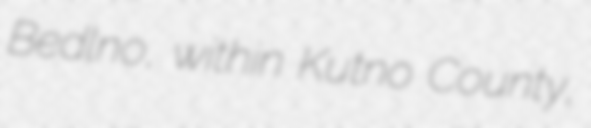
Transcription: Bedlno, within Kutno County,